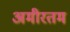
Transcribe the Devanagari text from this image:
अमीरतम